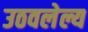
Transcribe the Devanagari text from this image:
उठवलेल्य